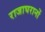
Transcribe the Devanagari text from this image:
राजाघरानों